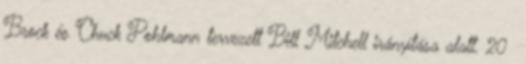
Brock és Chuck Pohlmann tervezett Bill Mitchell irányítása alatt. 20